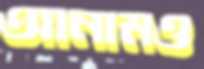
আনামও